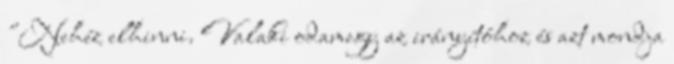
"Nehéz elhinni. Valaki odamegy az irányítóhoz és azt mondja